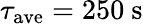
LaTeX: \tau_{\mathrm{ave}}=250~\mathrm{s}